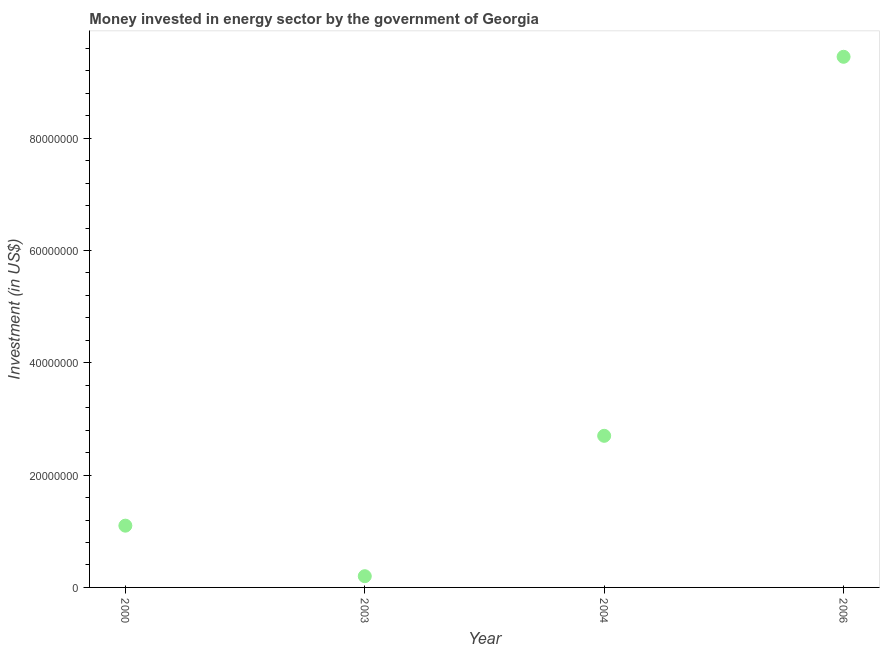
| Year | Investment in energy with private participation (current US$) |
 | --- | --- |
 | 2000 | 1.1e+07 |
 | 2003 | 2e+06 |
 | 2004 | 2.7e+07 |
 | 2006 | 9.45e+07 |